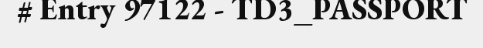
# Entry 97122 - TD3_PASSPORT